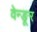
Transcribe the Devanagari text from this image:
वेन्ङूर